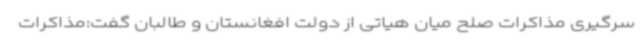
سرگیری مذاکرات صلح میان هیاتی از دولت افغانستان و طالبان گفت:مذاکرات